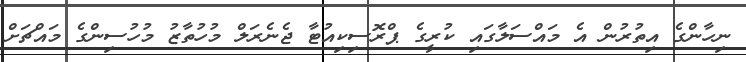
ނިހާންގެ އިތުރުން އެ މައްސަލާގައި ކުރީގެ ޕްރޮސިކިއުޓާ ޖެނެރަލް މުހުތާޒު މުހުސިންގެ މައްޗަށް